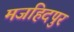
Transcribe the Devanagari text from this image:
मजहिदपुर